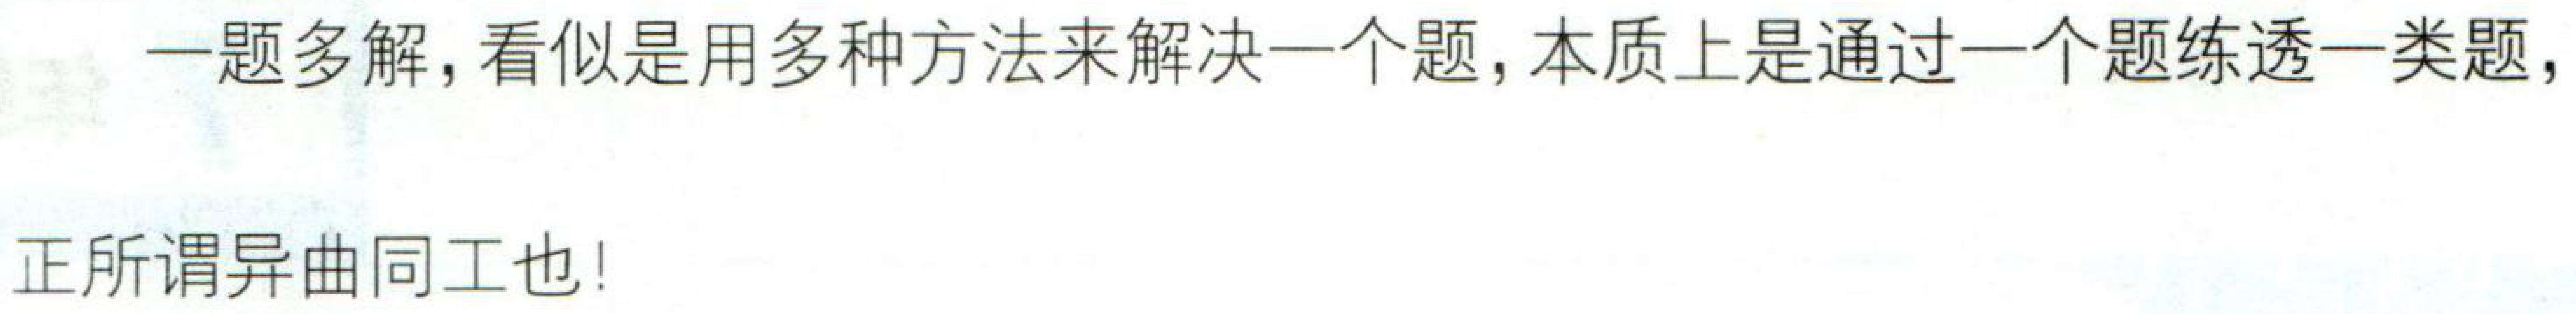
一题多解, 看似是用多种方法来解决一个题, 本质上是通过一个题练透一类题,
正所谓异曲同工也!